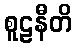
စူဠနီတိ